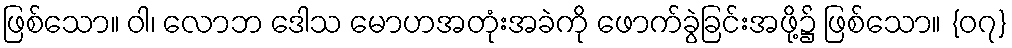
ဖြစ်သော။ ဝါ၊ လောဘ ဒေါသ မောဟအတုံးအခဲကို ဖောက်ခွဲခြင်းအဖို့၌ ဖြစ်သော။ {၀၇}